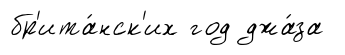
бр'ита́нск'их год джа́за